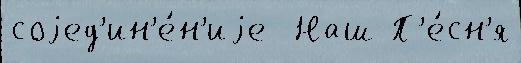
соjед'ин'е́н'иjе  Наш П'е́сн'я